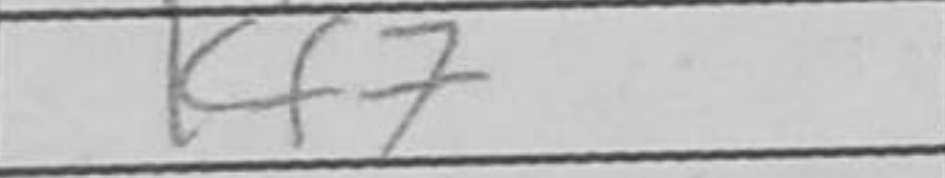
Transcription: Kf7